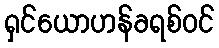
ရှင်ယောဟန်ခရစ်ဝင်